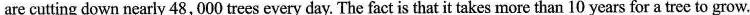
are cutting down nearly 48,000 trees every day. The fact is that it takes more than 10 years for a tree to grow.